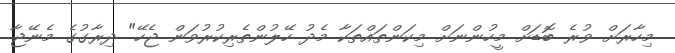
މިހާރަށް ވުރެ ބޮޑަށް މީހުންނަށް މިކަންތައްތަކާ މެދު ހޭލުންތެރިކުރުވަން ޖެހޭ" ދިރާގުގެ މެނޭޖާ